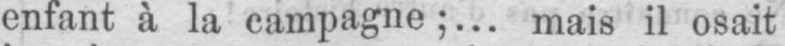
enfant à la campagne;... mais il osait